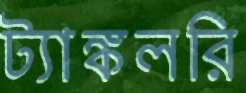
ট্যাঙ্কলরি